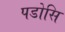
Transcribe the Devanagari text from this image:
पडोसि